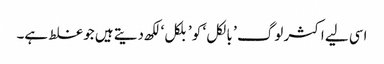
اسی لیے اکثر لوگ ’ بالکل ‘ کو ’بلکل‘ لکھ دیتے ہیں جو غلط ہے۔